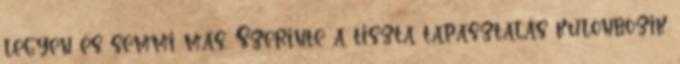
legyen és semmi más. Szerinte a tiszta tapasztalás különbözik